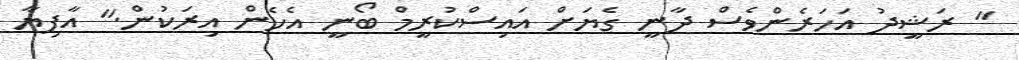
" ރަޝީދު އަހަރެންވެސް ދާނީ ގެޔަށް އައިސްކުރީމް ބޯނީ އެހެން އިރަކުން." އާފިޔާ